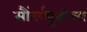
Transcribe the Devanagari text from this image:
सौंदर्यबुद्धीला